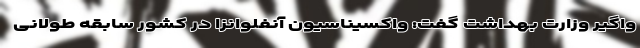
واگیر وزارت بهداشت گفت: واکسیناسیون آنفلوانزا در کشور سابقه طولانی